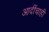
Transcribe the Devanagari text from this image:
आदींचाही